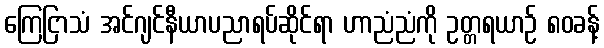
ကြေငြာသံ အင်ဂျင်နီယာပညာရပ်ဆိုင်ရာ ဟာညံညံကို ဥတ္တရယာဉ် ၈၀ခန့်